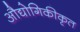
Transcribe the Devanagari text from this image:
औद्योगिकीकृत